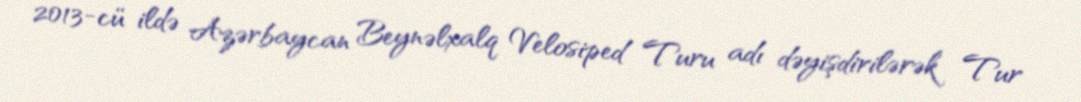
2013-cü ildə Azərbaycan Beynəlxalq Velosiped Turu adı dəyişdirilərək Tur